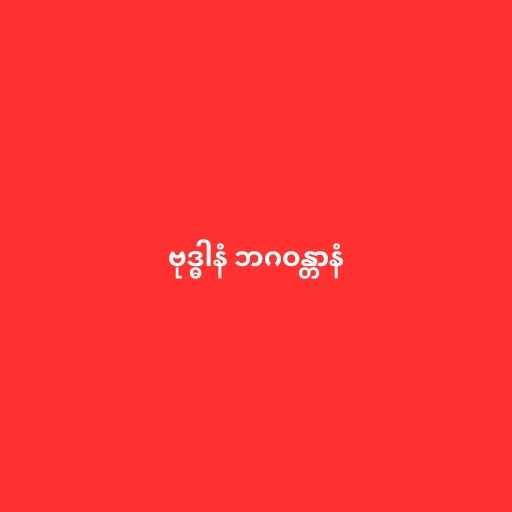
ဗုဒ္ဓါနံ ဘဂဝန္တာနံ